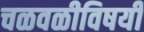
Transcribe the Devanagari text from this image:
चळवळीविषयी